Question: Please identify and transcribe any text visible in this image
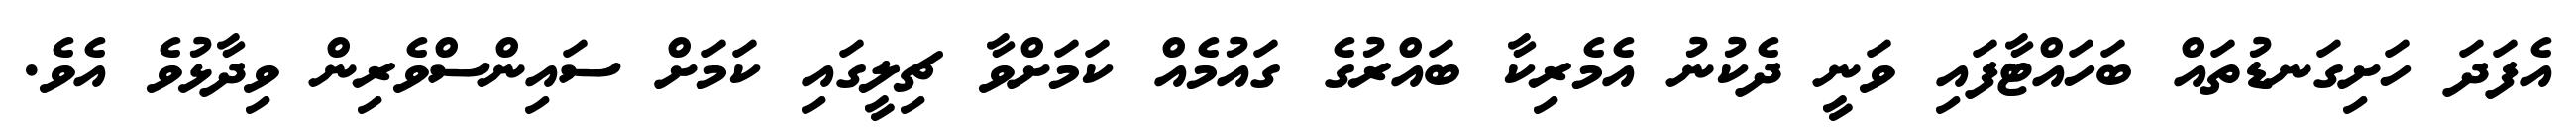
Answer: އެފަދަ ހަށިގަނޑުތައް ބަހައްޓާފައި ވަނީ ދެކުނު އެމެރިކާ ބައްރުގެ ގައުމެއް ކަމަށްވާ ޗިލީގައި ކަމަށް ސައިންސްވެރިން ވިދާޅުވެ އެވެ.